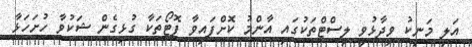
އަލި މަނިކު ވިދާޅުވީ ލިސްޓްތަކުގައި އާންމު ކޮށްފައިވާ ފޮޓޯތަކާ ގުޅިގެން ޝަކުވާ ހުށަހަޅާ